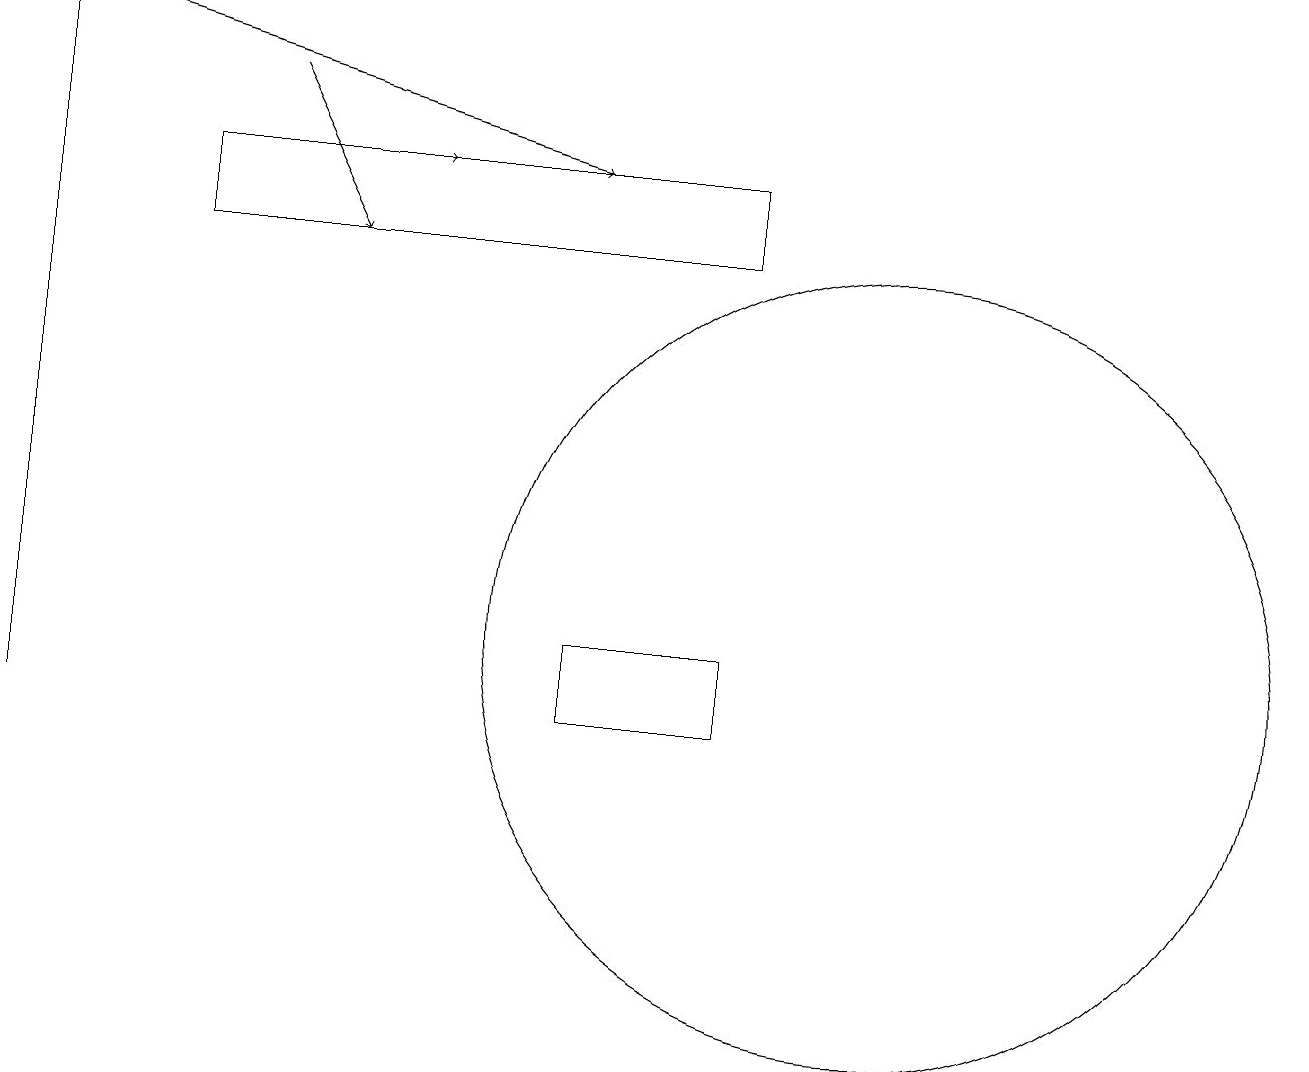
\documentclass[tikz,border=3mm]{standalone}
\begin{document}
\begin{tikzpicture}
\draw[->] (0,10) -- (0,19);
\draw (11,11) circle (5);
\draw[->] (3,18) -- (4,16);
\draw (9,11) rectangle (7,10);
\draw (2,17) rectangle (9,16);
\draw[->] (4,17) -- (5,17);
\draw[->] (0,19) -- (7,17);
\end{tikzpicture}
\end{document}